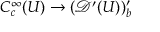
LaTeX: C _ { c } ^ { \infty } ( U ) \to ( { \mathcal { D } } ^ { \prime } ( U ) ) _ { b } ^ { \prime }